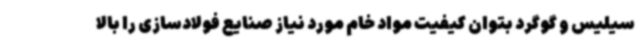
سیلیس و گوگرد بتوان کیفیت مواد خام مورد نیاز صنایع فولادسازی را بالا